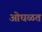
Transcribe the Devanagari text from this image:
ओघळत